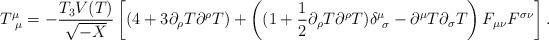
LaTeX: \begin{align*}T^\mu_{~\mu} = -\frac {T_3 V(T)}{\sqrt{-X }} \left[ (4 + 3\partial_\rho T \partial^\rho T) +\left((1+\frac12 \partial_\rho T\partial^\rho T)\delta^\mu_{~\sigma} - \partial^\mu T \partial_\sigma T\right) F_{\mu\nu} F^{\sigma\nu} \right].\end{align*}